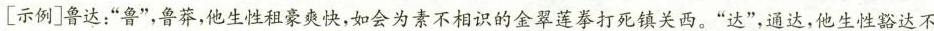
[示例]鲁达：”鲁”，鲁莽，他生性租豪爽快，如会为素不相识的金翠莲拳打死镇关西。”达”，通达，他生性豁达不